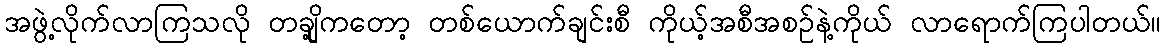
အဖွဲ့လိုက်လာကြသလို တချို့ကတော့ တစ်ယောက်ချင်းစီ ကိုယ့်အစီအစဉ်နဲ့ကိုယ် လာရောက်ကြပါတယ်။